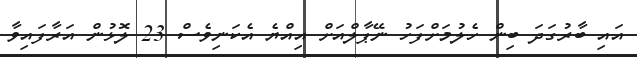
އައި ބާރުގަދަ ބިން ހެލުމަށްފަހު ނޭޕާލްއަށް އިއްޔެ އެކަނިވެސް 23 ލޮޅުން އަރާފައިވާ